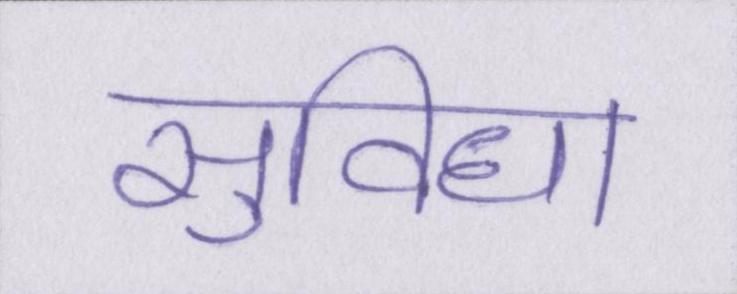
सुविधा